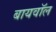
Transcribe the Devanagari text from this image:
बायवॉल